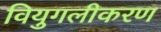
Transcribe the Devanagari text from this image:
वियुगलीकरण